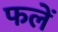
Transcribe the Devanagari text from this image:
फलें